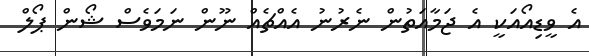
އެ ވީޑިއޯއަކީ އެ ޖަމާއަތުން ނެރުނު އެއްޗެއް ނޫން ނަމަވެސް ޝޯން ޕޯލް